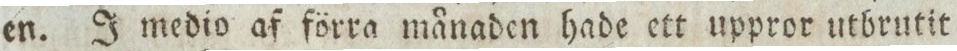
en. J medio af förra månaden hade ett uppror utbrutit